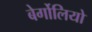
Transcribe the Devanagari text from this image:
बेर्गोलियो